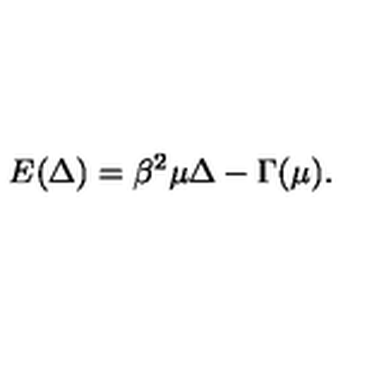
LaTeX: E ( \Delta ) = \beta ^ { 2 } \mu \Delta - \Gamma ( \mu ) .